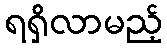
ရရှိလာမည့်